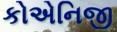
કોએનિજી